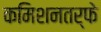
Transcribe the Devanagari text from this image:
कमिशनतर्फे